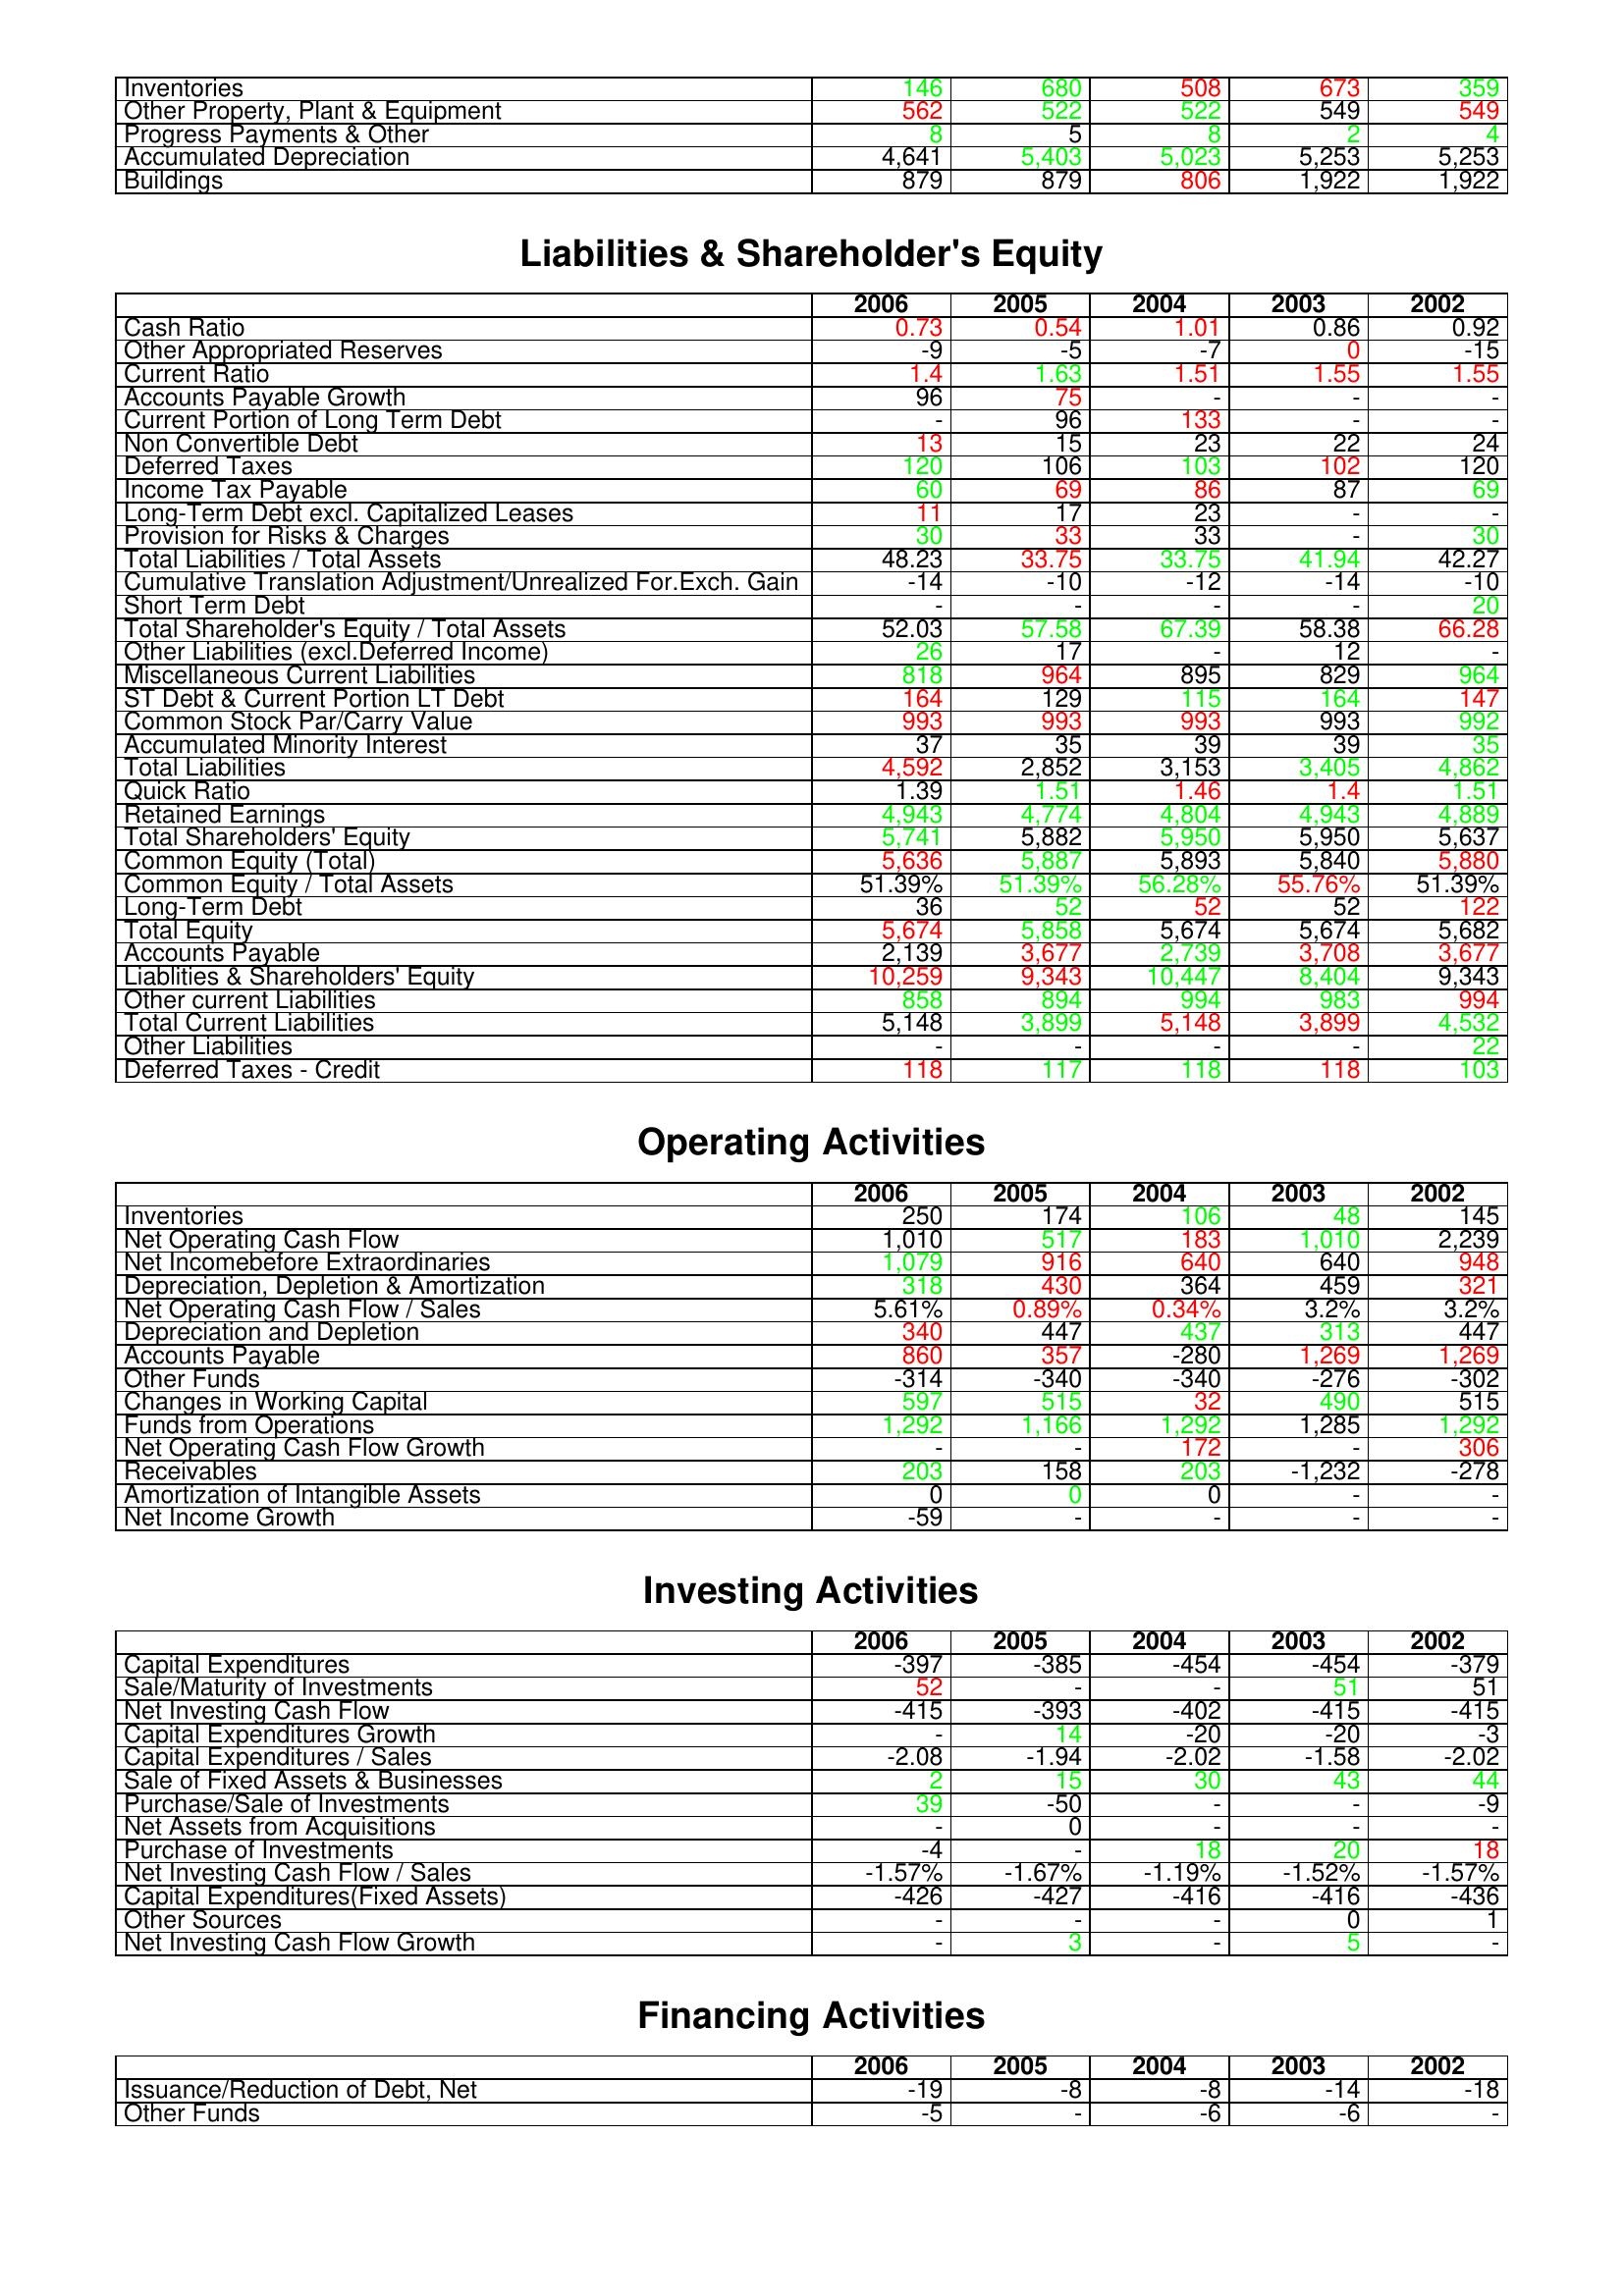
gt_parse: 2006: Assets: Inventories: 146
Other Property, Plant & Equipment: 562
Progress Payments & Other: 8
Accumulated Depreciation: 4,641
Buildings: 879
Liabilities & Shareholder's Equity: Cash Ratio: 0.73
Other Appropriated Reserves: -9
Current Ratio: 1.4
Accounts Payable Growth: 96
Current Portion of Long Term Debt: -
Non Convertible Debt: 13
Deferred Taxes: 120
Income Tax Payable: 60
Long-Term Debt excl. Capitalized Leases: 11
Provision for Risks & Charges: 30
Total Liabilities / Total Assets: 48.23
Cumulative Translation Adjustment/Unrealized For.Exch. Gain: -14
Short Term Debt: -
Total Shareholder's Equity / Total Assets: 52.03
Other Liabilities (excl.Deferred Income): 26
Miscellaneous Current Liabilities: 818
ST Debt & Current Portion LT Debt: 164
Common Stock Par/Carry Value: 993
Accumulated Minority Interest: 37
Total Liabilities: 4,592
Quick Ratio: 1.39
Retained Earnings: 4,943
Total Shareholders' Equity: 5,741
Common Equity (Total): 5,636
Common Equity / Total Assets: 51.39%
Long-Term Debt: 36
Total Equity: 5,674
Accounts Payable: 2,139
Liablities & Shareholders' Equity: 10,259
Other current Liabilities: 858
Total Current Liabilities: 5,148
Other Liabilities: -
Deferred Taxes - Credit: 118
Operating Activities: Inventories: 250
Net Operating Cash Flow: 1,010
Net Incomebefore Extraordinaries: 1,079
Depreciation, Depletion & Amortization: 318
Net Operating Cash Flow / Sales: 5.61%
Depreciation and Depletion: 340
Accounts Payable: 860
Other Funds: -314
Changes in Working Capital: 597
Funds from Operations: 1,292
Net Operating Cash Flow Growth: -
Receivables: 203
Amortization of Intangible Assets: 0
Net Income Growth: -59
Investing Activities: Capital Expenditures: -397
Sale/Maturity of Investments: 52
Net Investing Cash Flow: -415
Capital Expenditures Growth: -
Capital Expenditures / Sales: -2.08
Sale of Fixed Assets & Businesses: 2
Purchase/Sale of Investments: 39
Net Assets from Acquisitions: -
Purchase of Investments: -4
Net Investing Cash Flow / Sales: -1.57%
Capital Expenditures(Fixed Assets): -426
Other Sources: -
Net Investing Cash Flow Growth: -
Financing Activities: Issuance/Reduction of Debt, Net: -19
Other Funds: -5
2005: Assets: Inventories: 680
Other Property, Plant & Equipment: 522
Progress Payments & Other: 5
Accumulated Depreciation: 5,403
Buildings: 879
Liabilities & Shareholder's Equity: Cash Ratio: 0.54
Other Appropriated Reserves: -5
Current Ratio: 1.63
Accounts Payable Growth: 75
Current Portion of Long Term Debt: 96
Non Convertible Debt: 15
Deferred Taxes: 106
Income Tax Payable: 69
Long-Term Debt excl. Capitalized Leases: 17
Provision for Risks & Charges: 33
Total Liabilities / Total Assets: 33.75
Cumulative Translation Adjustment/Unrealized For.Exch. Gain: -10
Short Term Debt: -
Total Shareholder's Equity / Total Assets: 57.58
Other Liabilities (excl.Deferred Income): 17
Miscellaneous Current Liabilities: 964
ST Debt & Current Portion LT Debt: 129
Common Stock Par/Carry Value: 993
Accumulated Minority Interest: 35
Total Liabilities: 2,852
Quick Ratio: 1.51
Retained Earnings: 4,774
Total Shareholders' Equity: 5,882
Common Equity (Total): 5,887
Common Equity / Total Assets: 51.39%
Long-Term Debt: 52
Total Equity: 5,858
Accounts Payable: 3,677
Liablities & Shareholders' Equity: 9,343
Other current Liabilities: 894
Total Current Liabilities: 3,899
Other Liabilities: -
Deferred Taxes - Credit: 117
Operating Activities: Inventories: 174
Net Operating Cash Flow: 517
Net Incomebefore Extraordinaries: 916
Depreciation, Depletion & Amortization: 430
Net Operating Cash Flow / Sales: 0.89%
Depreciation and Depletion: 447
Accounts Payable: 357
Other Funds: -340
Changes in Working Capital: 515
Funds from Operations: 1,166
Net Operating Cash Flow Growth: -
Receivables: 158
Amortization of Intangible Assets: 0
Net Income Growth: -
Investing Activities: Capital Expenditures: -385
Sale/Maturity of Investments: -
Net Investing Cash Flow: -393
Capital Expenditures Growth: 14
Capital Expenditures / Sales: -1.94
Sale of Fixed Assets & Businesses: 15
Purchase/Sale of Investments: -50
Net Assets from Acquisitions: 0
Purchase of Investments: -
Net Investing Cash Flow / Sales: -1.67%
Capital Expenditures(Fixed Assets): -427
Other Sources: -
Net Investing Cash Flow Growth: 3
Financing Activities: Issuance/Reduction of Debt, Net: -8
Other Funds: -
2004: Assets: Inventories: 508
Other Property, Plant & Equipment: 522
Progress Payments & Other: 8
Accumulated Depreciation: 5,023
Buildings: 806
Liabilities & Shareholder's Equity: Cash Ratio: 1.01
Other Appropriated Reserves: -7
Current Ratio: 1.51
Accounts Payable Growth: -
Current Portion of Long Term Debt: 133
Non Convertible Debt: 23
Deferred Taxes: 103
Income Tax Payable: 86
Long-Term Debt excl. Capitalized Leases: 23
Provision for Risks & Charges: 33
Total Liabilities / Total Assets: 33.75
Cumulative Translation Adjustment/Unrealized For.Exch. Gain: -12
Short Term Debt: -
Total Shareholder's Equity / Total Assets: 67.39
Other Liabilities (excl.Deferred Income): -
Miscellaneous Current Liabilities: 895
ST Debt & Current Portion LT Debt: 115
Common Stock Par/Carry Value: 993
Accumulated Minority Interest: 39
Total Liabilities: 3,153
Quick Ratio: 1.46
Retained Earnings: 4,804
Total Shareholders' Equity: 5,950
Common Equity (Total): 5,893
Common Equity / Total Assets: 56.28%
Long-Term Debt: 52
Total Equity: 5,674
Accounts Payable: 2,739
Liablities & Shareholders' Equity: 10,447
Other current Liabilities: 994
Total Current Liabilities: 5,148
Other Liabilities: -
Deferred Taxes - Credit: 118
Operating Activities: Inventories: 106
Net Operating Cash Flow: 183
Net Incomebefore Extraordinaries: 640
Depreciation, Depletion & Amortization: 364
Net Operating Cash Flow / Sales: 0.34%
Depreciation and Depletion: 437
Accounts Payable: -280
Other Funds: -340
Changes in Working Capital: 32
Funds from Operations: 1,292
Net Operating Cash Flow Growth: 172
Receivables: 203
Amortization of Intangible Assets: 0
Net Income Growth: -
Investing Activities: Capital Expenditures: -454
Sale/Maturity of Investments: -
Net Investing Cash Flow: -402
Capital Expenditures Growth: -20
Capital Expenditures / Sales: -2.02
Sale of Fixed Assets & Businesses: 30
Purchase/Sale of Investments: -
Net Assets from Acquisitions: -
Purchase of Investments: 18
Net Investing Cash Flow / Sales: -1.19%
Capital Expenditures(Fixed Assets): -416
Other Sources: -
Net Investing Cash Flow Growth: -
Financing Activities: Issuance/Reduction of Debt, Net: -8
Other Funds: -6
2003: Assets: Inventories: 673
Other Property, Plant & Equipment: 549
Progress Payments & Other: 2
Accumulated Depreciation: 5,253
Buildings: 1,922
Liabilities & Shareholder's Equity: Cash Ratio: 0.86
Other Appropriated Reserves: 0
Current Ratio: 1.55
Accounts Payable Growth: -
Current Portion of Long Term Debt: -
Non Convertible Debt: 22
Deferred Taxes: 102
Income Tax Payable: 87
Long-Term Debt excl. Capitalized Leases: -
Provision for Risks & Charges: -
Total Liabilities / Total Assets: 41.94
Cumulative Translation Adjustment/Unrealized For.Exch. Gain: -14
Short Term Debt: -
Total Shareholder's Equity / Total Assets: 58.38
Other Liabilities (excl.Deferred Income): 12
Miscellaneous Current Liabilities: 829
ST Debt & Current Portion LT Debt: 164
Common Stock Par/Carry Value: 993
Accumulated Minority Interest: 39
Total Liabilities: 3,405
Quick Ratio: 1.4
Retained Earnings: 4,943
Total Shareholders' Equity: 5,950
Common Equity (Total): 5,840
Common Equity / Total Assets: 55.76%
Long-Term Debt: 52
Total Equity: 5,674
Accounts Payable: 3,708
Liablities & Shareholders' Equity: 8,404
Other current Liabilities: 983
Total Current Liabilities: 3,899
Other Liabilities: -
Deferred Taxes - Credit: 118
Operating Activities: Inventories: 48
Net Operating Cash Flow: 1,010
Net Incomebefore Extraordinaries: 640
Depreciation, Depletion & Amortization: 459
Net Operating Cash Flow / Sales: 3.2%
Depreciation and Depletion: 313
Accounts Payable: 1,269
Other Funds: -276
Changes in Working Capital: 490
Funds from Operations: 1,285
Net Operating Cash Flow Growth: -
Receivables: -1,232
Amortization of Intangible Assets: -
Net Income Growth: -
Investing Activities: Capital Expenditures: -454
Sale/Maturity of Investments: 51
Net Investing Cash Flow: -415
Capital Expenditures Growth: -20
Capital Expenditures / Sales: -1.58
Sale of Fixed Assets & Businesses: 43
Purchase/Sale of Investments: -
Net Assets from Acquisitions: -
Purchase of Investments: 20
Net Investing Cash Flow / Sales: -1.52%
Capital Expenditures(Fixed Assets): -416
Other Sources: 0
Net Investing Cash Flow Growth: 5
Financing Activities: Issuance/Reduction of Debt, Net: -14
Other Funds: -6
2002: Assets: Inventories: 359
Other Property, Plant & Equipment: 549
Progress Payments & Other: 4
Accumulated Depreciation: 5,253
Buildings: 1,922
Liabilities & Shareholder's Equity: Cash Ratio: 0.92
Other Appropriated Reserves: -15
Current Ratio: 1.55
Accounts Payable Growth: -
Current Portion of Long Term Debt: -
Non Convertible Debt: 24
Deferred Taxes: 120
Income Tax Payable: 69
Long-Term Debt excl. Capitalized Leases: -
Provision for Risks & Charges: 30
Total Liabilities / Total Assets: 42.27
Cumulative Translation Adjustment/Unrealized For.Exch. Gain: -10
Short Term Debt: 20
Total Shareholder's Equity / Total Assets: 66.28
Other Liabilities (excl.Deferred Income): -
Miscellaneous Current Liabilities: 964
ST Debt & Current Portion LT Debt: 147
Common Stock Par/Carry Value: 992
Accumulated Minority Interest: 35
Total Liabilities: 4,862
Quick Ratio: 1.51
Retained Earnings: 4,889
Total Shareholders' Equity: 5,637
Common Equity (Total): 5,880
Common Equity / Total Assets: 51.39%
Long-Term Debt: 122
Total Equity: 5,682
Accounts Payable: 3,677
Liablities & Shareholders' Equity: 9,343
Other current Liabilities: 994
Total Current Liabilities: 4,532
Other Liabilities: 22
Deferred Taxes - Credit: 103
Operating Activities: Inventories: 145
Net Operating Cash Flow: 2,239
Net Incomebefore Extraordinaries: 948
Depreciation, Depletion & Amortization: 321
Net Operating Cash Flow / Sales: 3.2%
Depreciation and Depletion: 447
Accounts Payable: 1,269
Other Funds: -302
Changes in Working Capital: 515
Funds from Operations: 1,292
Net Operating Cash Flow Growth: 306
Receivables: -278
Amortization of Intangible Assets: -
Net Income Growth: -
Investing Activities: Capital Expenditures: -379
Sale/Maturity of Investments: 51
Net Investing Cash Flow: -415
Capital Expenditures Growth: -3
Capital Expenditures / Sales: -2.02
Sale of Fixed Assets & Businesses: 44
Purchase/Sale of Investments: -9
Net Assets from Acquisitions: -
Purchase of Investments: 18
Net Investing Cash Flow / Sales: -1.57%
Capital Expenditures(Fixed Assets): -436
Other Sources: 1
Net Investing Cash Flow Growth: -
Financing Activities: Issuance/Reduction of Debt, Net: -18
Other Funds: -